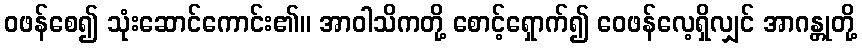
ဝဖန်စေ၍ သုံးဆောင်ကောင်း၏။ အာဝါသိကတို့ စောင့်ရှောက်၍ ဝေဖန်လေ့ရှိလျှင် အာဂန္တုတို့